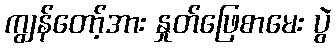
ကျွန်တော့်အား နှုတ်ဖြေစာမေး ပွဲ